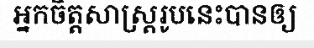
អ្នកចិត្តសាស្ត្ររូបនេះបានឲ្យ